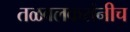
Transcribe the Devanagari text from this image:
तळवलकरांनीच